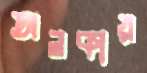
অলকায়